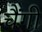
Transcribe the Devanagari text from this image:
चैंगी